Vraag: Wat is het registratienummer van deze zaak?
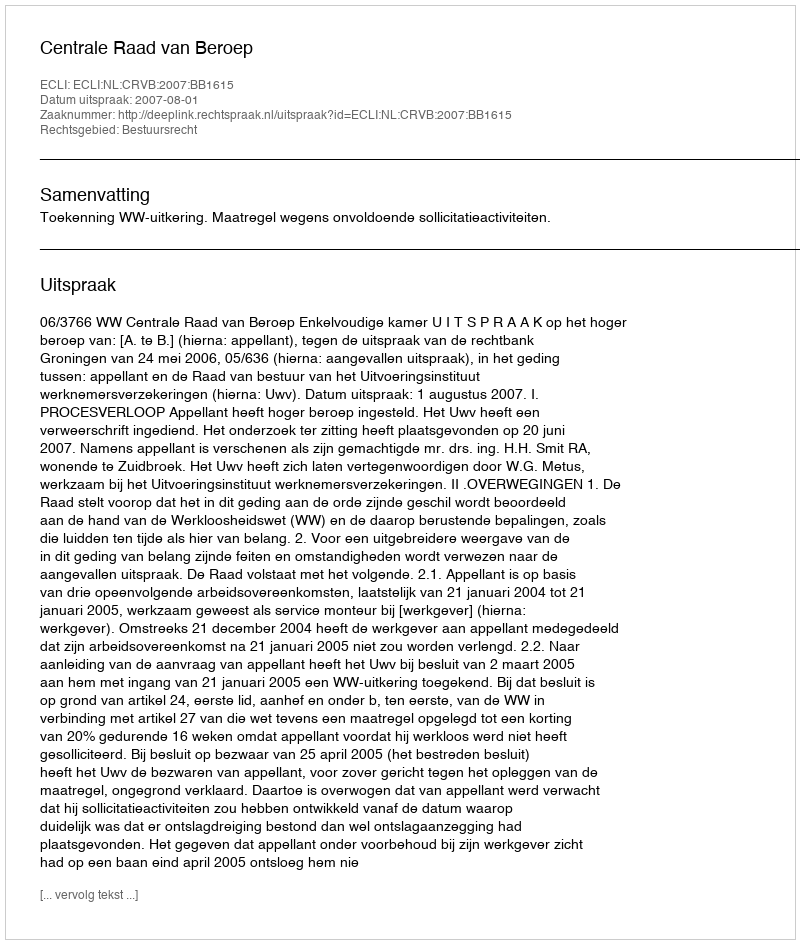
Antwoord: http://deeplink.rechtspraak.nl/uitspraak?id=ECLI:NL:CRVB:2007:BB1615